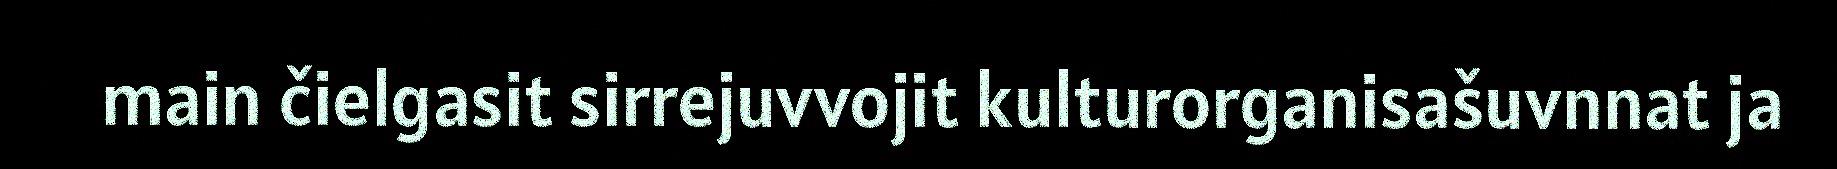
main čielgasit sirrejuvvojit kulturorganisašuvnnat ja